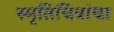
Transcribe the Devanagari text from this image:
स्मृतिचित्रांचा